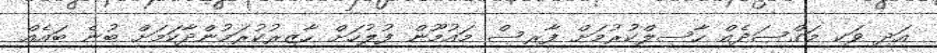
އަދި ވަކި މަގްސަދެއް ހާސިލްކުުރުމަށް ފާރިސް މައުމޫން ފުުލުހަށް ހާޒިރުކުރަމުންދާކަމަށް ބުނެ ބައެއް